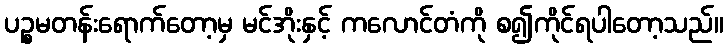
ပဉ္စမတန်းရောက်တော့မှ မင်အိုးနှင့် ကလောင်တံကို စ၍ကိုင်ရပါတော့သည်။